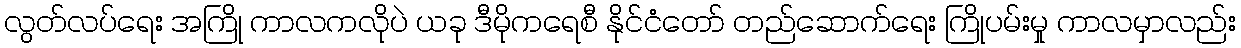
လွတ်လပ်ရေး အကြို ကာလကလိုပဲ ယခု ဒီမိုကရေစီ နိုင်ငံတော် တည်ဆောက်ရေး ကြိုပမ်းမှု ကာလမှာလည်း